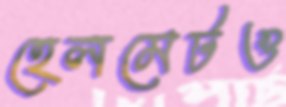
হেলমেটও